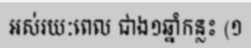
អស់រយៈពេល ជាង១ឆ្នាំកន្លះ (១